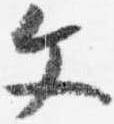
文